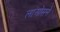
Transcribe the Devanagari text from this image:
लाओसने